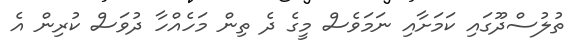
ތުލުސްދޫގައި ކަމަށާއި ނަމަވެސް މީގެ ދެ ތިން މަހެއްހާ ދުވަސް ކުރިން އެ